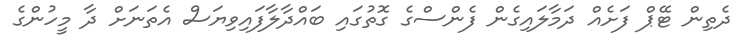
ދެތިން ޓޭޕް ފަށެއް ދަމާލައިގެން ފެންސްގެ ގޮތުގައި ބައްދާލާފައިވިޔަސް އެތަނަށް ދާ މީހުންގެ